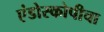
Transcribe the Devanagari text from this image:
एंडोस्कोपीचा